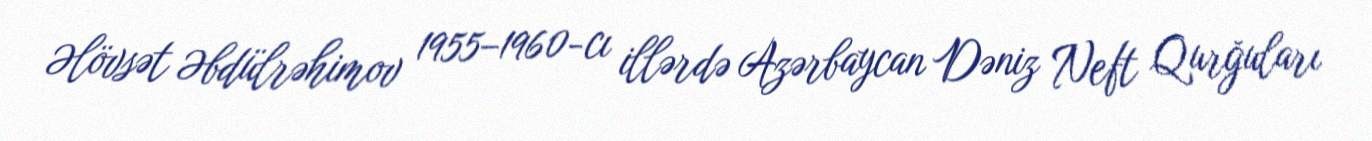
Əlövsət Əbdülrəhimov 1955–1960-cı illərdə Azərbaycan Dəniz Neft Qurğuları